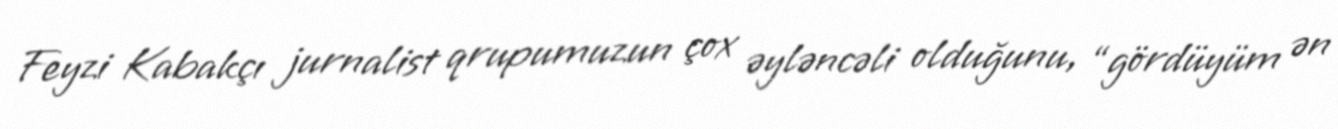
Feyzi Kabakçı jurnalist qrupumuzun çox əyləncəli olduğunu, “gördüyüm ən